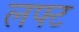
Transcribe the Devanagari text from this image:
लफ्ट